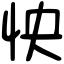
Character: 怏